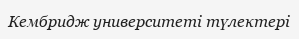
Кембридж университеті түлектері